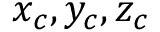
x _ { c } , y _ { c } , z _ { c }